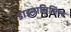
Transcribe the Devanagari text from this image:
डाइनामिसिस्ट